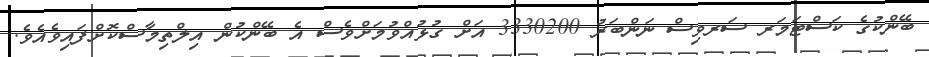
ބޭންކުގެ ކަސްޓަމަރ ސަރވިސް ނަންބަރު 3330200 އަށް ގުޅުއްވުމަށްވެސް އެ ބޭންކުން އިލްތިމާސްކޮށްފައިވެއެވެ.